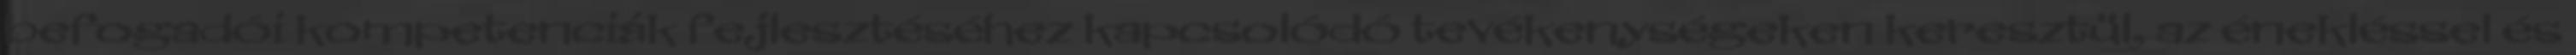
befogadói kompetenciák fejlesztéséhez kapcsolódó tevékenységeken keresztül, az énekléssel és